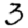
Digit: 3